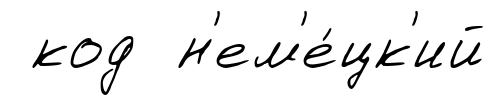
код н'ем'е́цк'ий